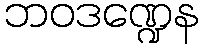
ဘဝဒဏ္ဍေန